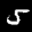
Label: 5